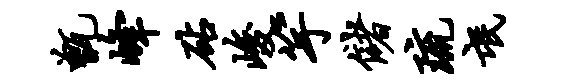
甑峰砧峻竽储琉氓